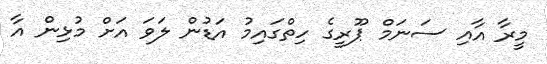
މީރާ އާއި ސަނަމް ޕޫރީގެ ހިތްގައިމު އަޑުން ލަވަ އަށް މުޅިން އާ